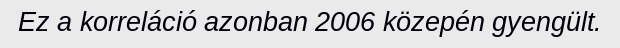
Ez a korreláció azonban 2006 közepén gyengült.